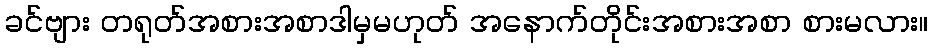
ခင်ဗျား တရုတ်အစားအစာဒါမှမဟုတ် အနောက်တိုင်းအစားအစာ စားမလား။